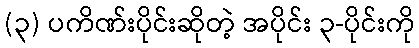
(၃) ပကိဏ်းပိုင်းဆိုတဲ့ အပိုင်း ၃-ပိုင်းကို